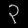
Digit: ၃